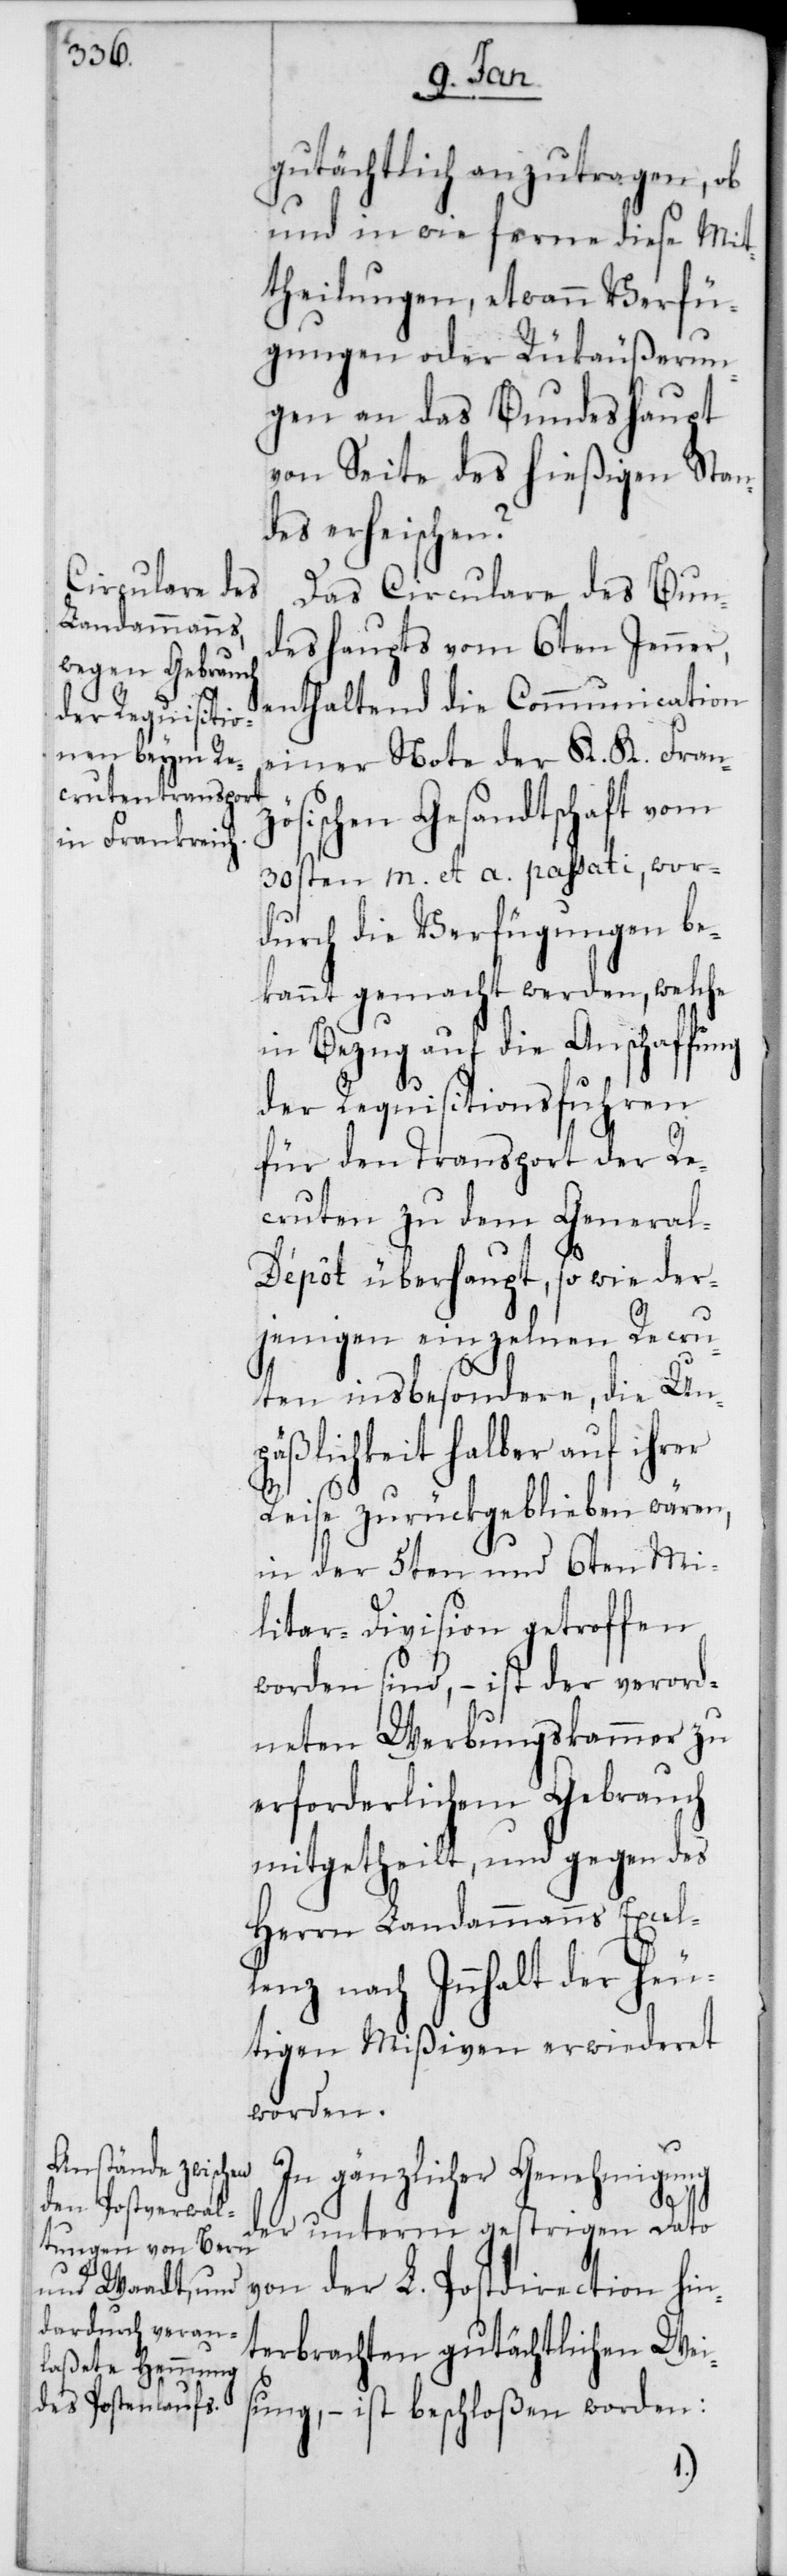
gutächtlich anzutragen, ob
und in wie ferne diese Mit¬
theilungen, etwann Verfü¬
gungen oder Rückäußerun¬
gen an das Bundeshaupt
von Seite des hießigen Stan¬
des erheischen?
Das Circulare des Bun¬
deshaupts vom 6ten Jenner,
enthaltend die Communication
einer Note der K. K. Franz¬
ösischen Gesandtschaft vom
30sten m. et a. passati, wor¬
durch die Verfügungen be¬
kannt gemacht werden, welche
in Bezug auf die Anschaffung
der Requisitionsfuhren
für den Transport der Re¬
cruten zu dem Genera¬
l-Dépôt überhaupt, so wie der¬
jenigen einzelnen Recru¬
ten insbesondere, die Un¬
päßlichkeit halber auf ihrer
Reise zurückgeblieben wären,
in der 5ten und 6ten Mi¬
litar-Division getroffen
worden sind, – ist der verord¬
neten Werbungskammer zu
erforderlichem Gebrauch
mitgetheilt, und gegen des
Herrn Landammanns Excel¬
lenz nach Innhalt der heu¬
tigen Mißiven erwiederet
worden.
In gänzlicher Genehmigung
des unterm gestrigen Dato
von der L. Postdirection hin¬
terbrachten gutächtlichen Wei¬
sung, – ist beschloßen worden: